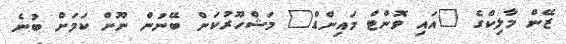
ޒޭން މާލިކްގެ "އައި ވޮންޓް މައިންޑް" މަޝްހޫރުކަން ބޭނުން ނޫން ކަމަށް ބުނެ